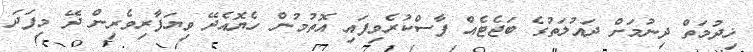
ޚިދުމަތް ދިނުމަށް ދައުލަތުގެ ބަޖެޓެއް ފާސްކުރެވިފައި އޮތުމުން ހެޔޮއެދޭ ވިޔަފާރިވެރިން ދޭ މިފަދަ